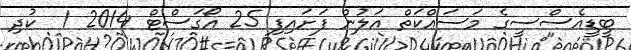
ބީޑީއެސްސީގެ މަސައްކަތް އަލުން ފަށައިފި 25 އޯގަސްޓް 2014 1  ކުދި